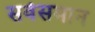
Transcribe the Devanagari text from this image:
सर्वसमान